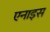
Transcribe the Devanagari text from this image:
एनाइस